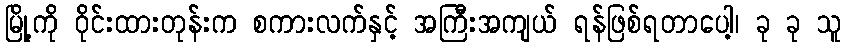
မြို့ကို ဝိုင်းထားတုန်းက စကားလက်နှင့် အကြီးအကျယ် ရန်ဖြစ်ရတာပေါ့၊ ခု ခု သူ